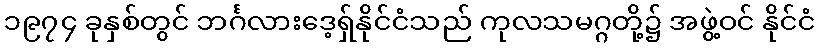
၁၉၇၄ ခုနှစ်တွင် ဘင်္ဂလားဒေ့ရှ်နိုင်ငံသည် ကုလသမဂ္ဂတို့၌ အဖွဲ့ဝင် နိုင်ငံ